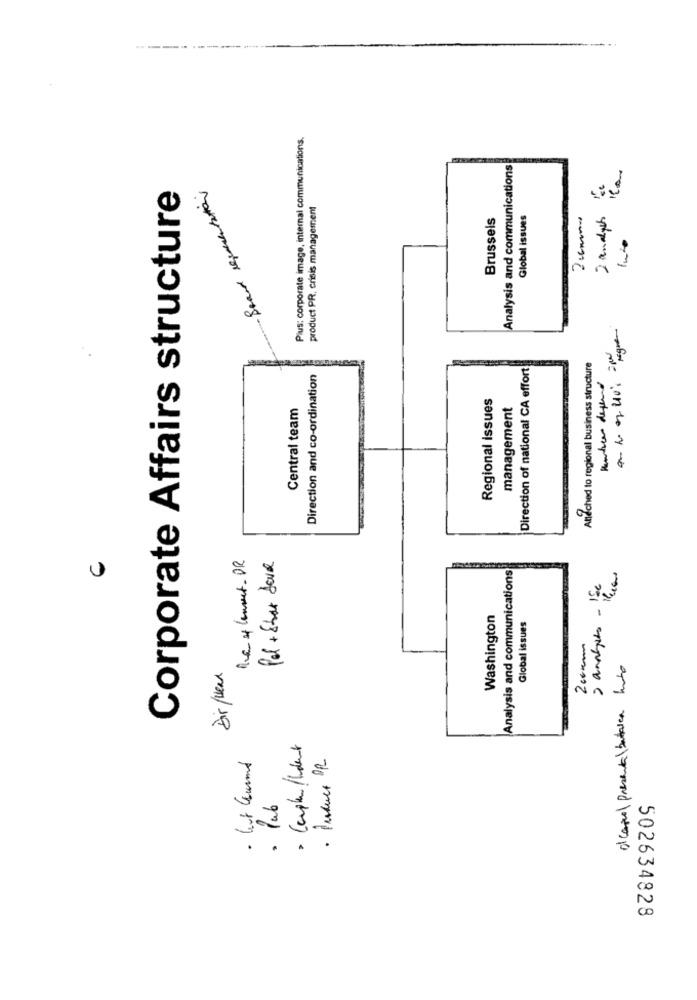
Plus: corporate image, internal communications.
Analysis and communications
Brand remesentation
2 analysts :
Corporate Affairs structure
product PR, crisis management
Brussels
Global issues
Zcomme
-pegue
Direction of national CA effort
Anteched to regional business structure
Direction and co-ordination
Regional issues
Central team
management
Reglement.DR
Pol + Star dove
Analysis and communications
Washington
Global issues
2 cm
a capel presenta betales hoto
Dir /wear
· but leund
· lub
502634828